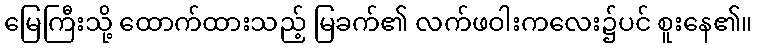
မြေကြီးသို့ ထောက်ထားသည့် မြခက်၏ လက်ဖဝါးကလေး၌ပင် စူးနေ၏။